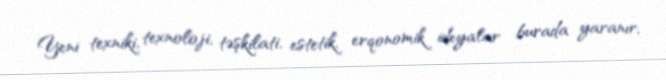
Yeni texniki, texnoloji, təşkilati, estetik, erqonomik ideyalar burada yaranır,